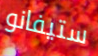
ستيفانو